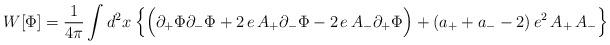
LaTeX: \begin{align*}W[\Phi]={1\over {4\pi}}\int d^2x\:\Big{\{}\Big{(}\partial_+\Phi\partial_-\Phi + 2\,e\, A_+\partial_-\Phi - 2\,e\, A_-\partial_+\Phi\Big{)} +(a_+ + a_- -2)\,e^2\,A_+\,A_-\Big{\}}\end{align*}